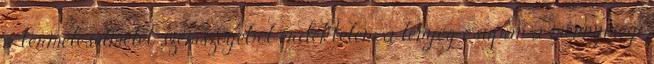
a termeléselmélet szemszögéből érdektelen: a lényeg csupán a mennyiségi